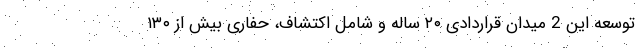
توسعه این 2 میدان قراردادی ٢٠ ساله و شامل اکتشاف، حفاری بیش از ١٣٠